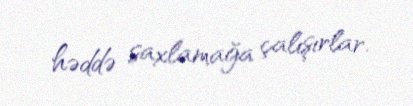
həddə saxlamağa çalışırlar.